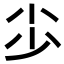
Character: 𡭣